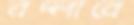
বদ্‌লাবে